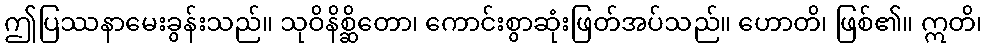
ဤပြဿနာမေးခွန်းသည်။ သုဝိနိစ္ဆိတော၊ ကောင်းစွာဆုံးဖြတ်အပ်သည်။ ဟောတိ၊ ဖြစ်၏။ ဣတိ၊